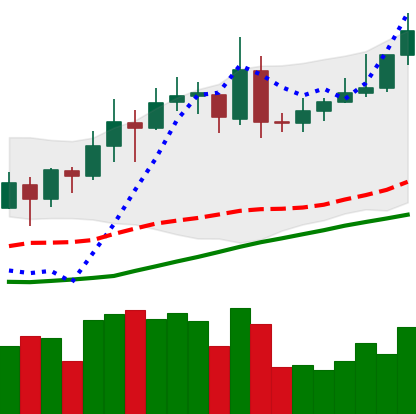
Ticker: XMR-USD
Chart end date: 2020-07-23
Forward return: 11.592%
Label: up_7plus